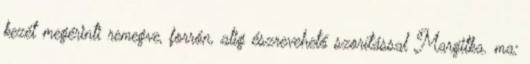
kezét megérinti remegve, forrón, alig észrevehető szorítással Margitka. ma: